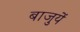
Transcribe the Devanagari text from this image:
बाजुयें